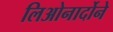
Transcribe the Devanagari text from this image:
लिओनार्दोने